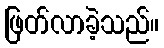
ဖြတ်လာခဲ့သည်။